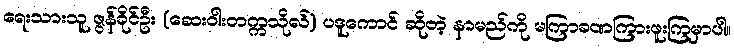
ရေးသားသူ ဇွန်ခိုင်ဦး (ဆေးဝါးတက္ကသိုလ်) ပဒူကောင် ဆိုတဲ့ နာမည်ကို မကြာခဏကြားဖူးကြမှာပါ။